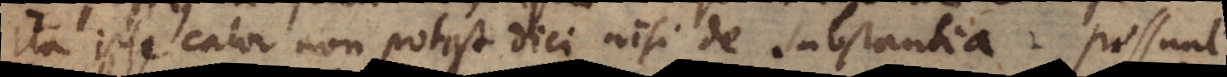
ita ipse calor non potest dici nisi de substantia. Possunt